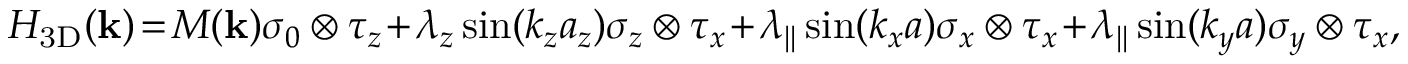
\begin{array} { r } { { \cal H } _ { \mathrm { 3 D } } ( { \bf k } ) \! = \! M ( { \bf k } ) \sigma _ { 0 } \otimes \tau _ { z } \! + \! \lambda _ { z } \sin ( k _ { z } a _ { z } ) \sigma _ { z } \otimes \tau _ { x } \! + \! \lambda _ { | | } \sin ( k _ { x } a ) \sigma _ { x } \otimes \tau _ { x } \! + \! \lambda _ { | | } \sin ( k _ { y } a ) \sigma _ { y } \otimes \tau _ { x } , } \end{array}